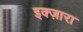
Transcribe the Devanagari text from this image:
इक्ज़ारा